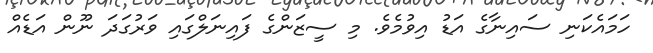
ހަމައެކަނި ސައިނާގެ އަޑު އިވުމެވެ. މި ސީޒަންގެ ފައިނަލްގައި ވަރުގަދަ ނޫން އަޑެއް